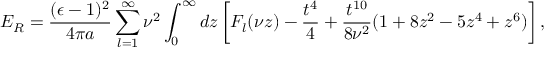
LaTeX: E _ { R } = { \frac { ( \epsilon - 1 ) ^ { 2 } } { 4 \pi a } } \sum _ { l = 1 } ^ { \infty } \nu ^ { 2 } \int _ { 0 } ^ { \infty } d z \left[ F _ { l } ( \nu z ) - { \frac { t ^ { 4 } } { 4 } } + { \frac { t ^ { 1 0 } } { 8 \nu ^ { 2 } } } ( 1 + 8 z ^ { 2 } - 5 z ^ { 4 } + z ^ { 6 } ) \right] ,